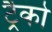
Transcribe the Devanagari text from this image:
ट्रैको